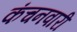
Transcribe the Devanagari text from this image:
कंचनवारी